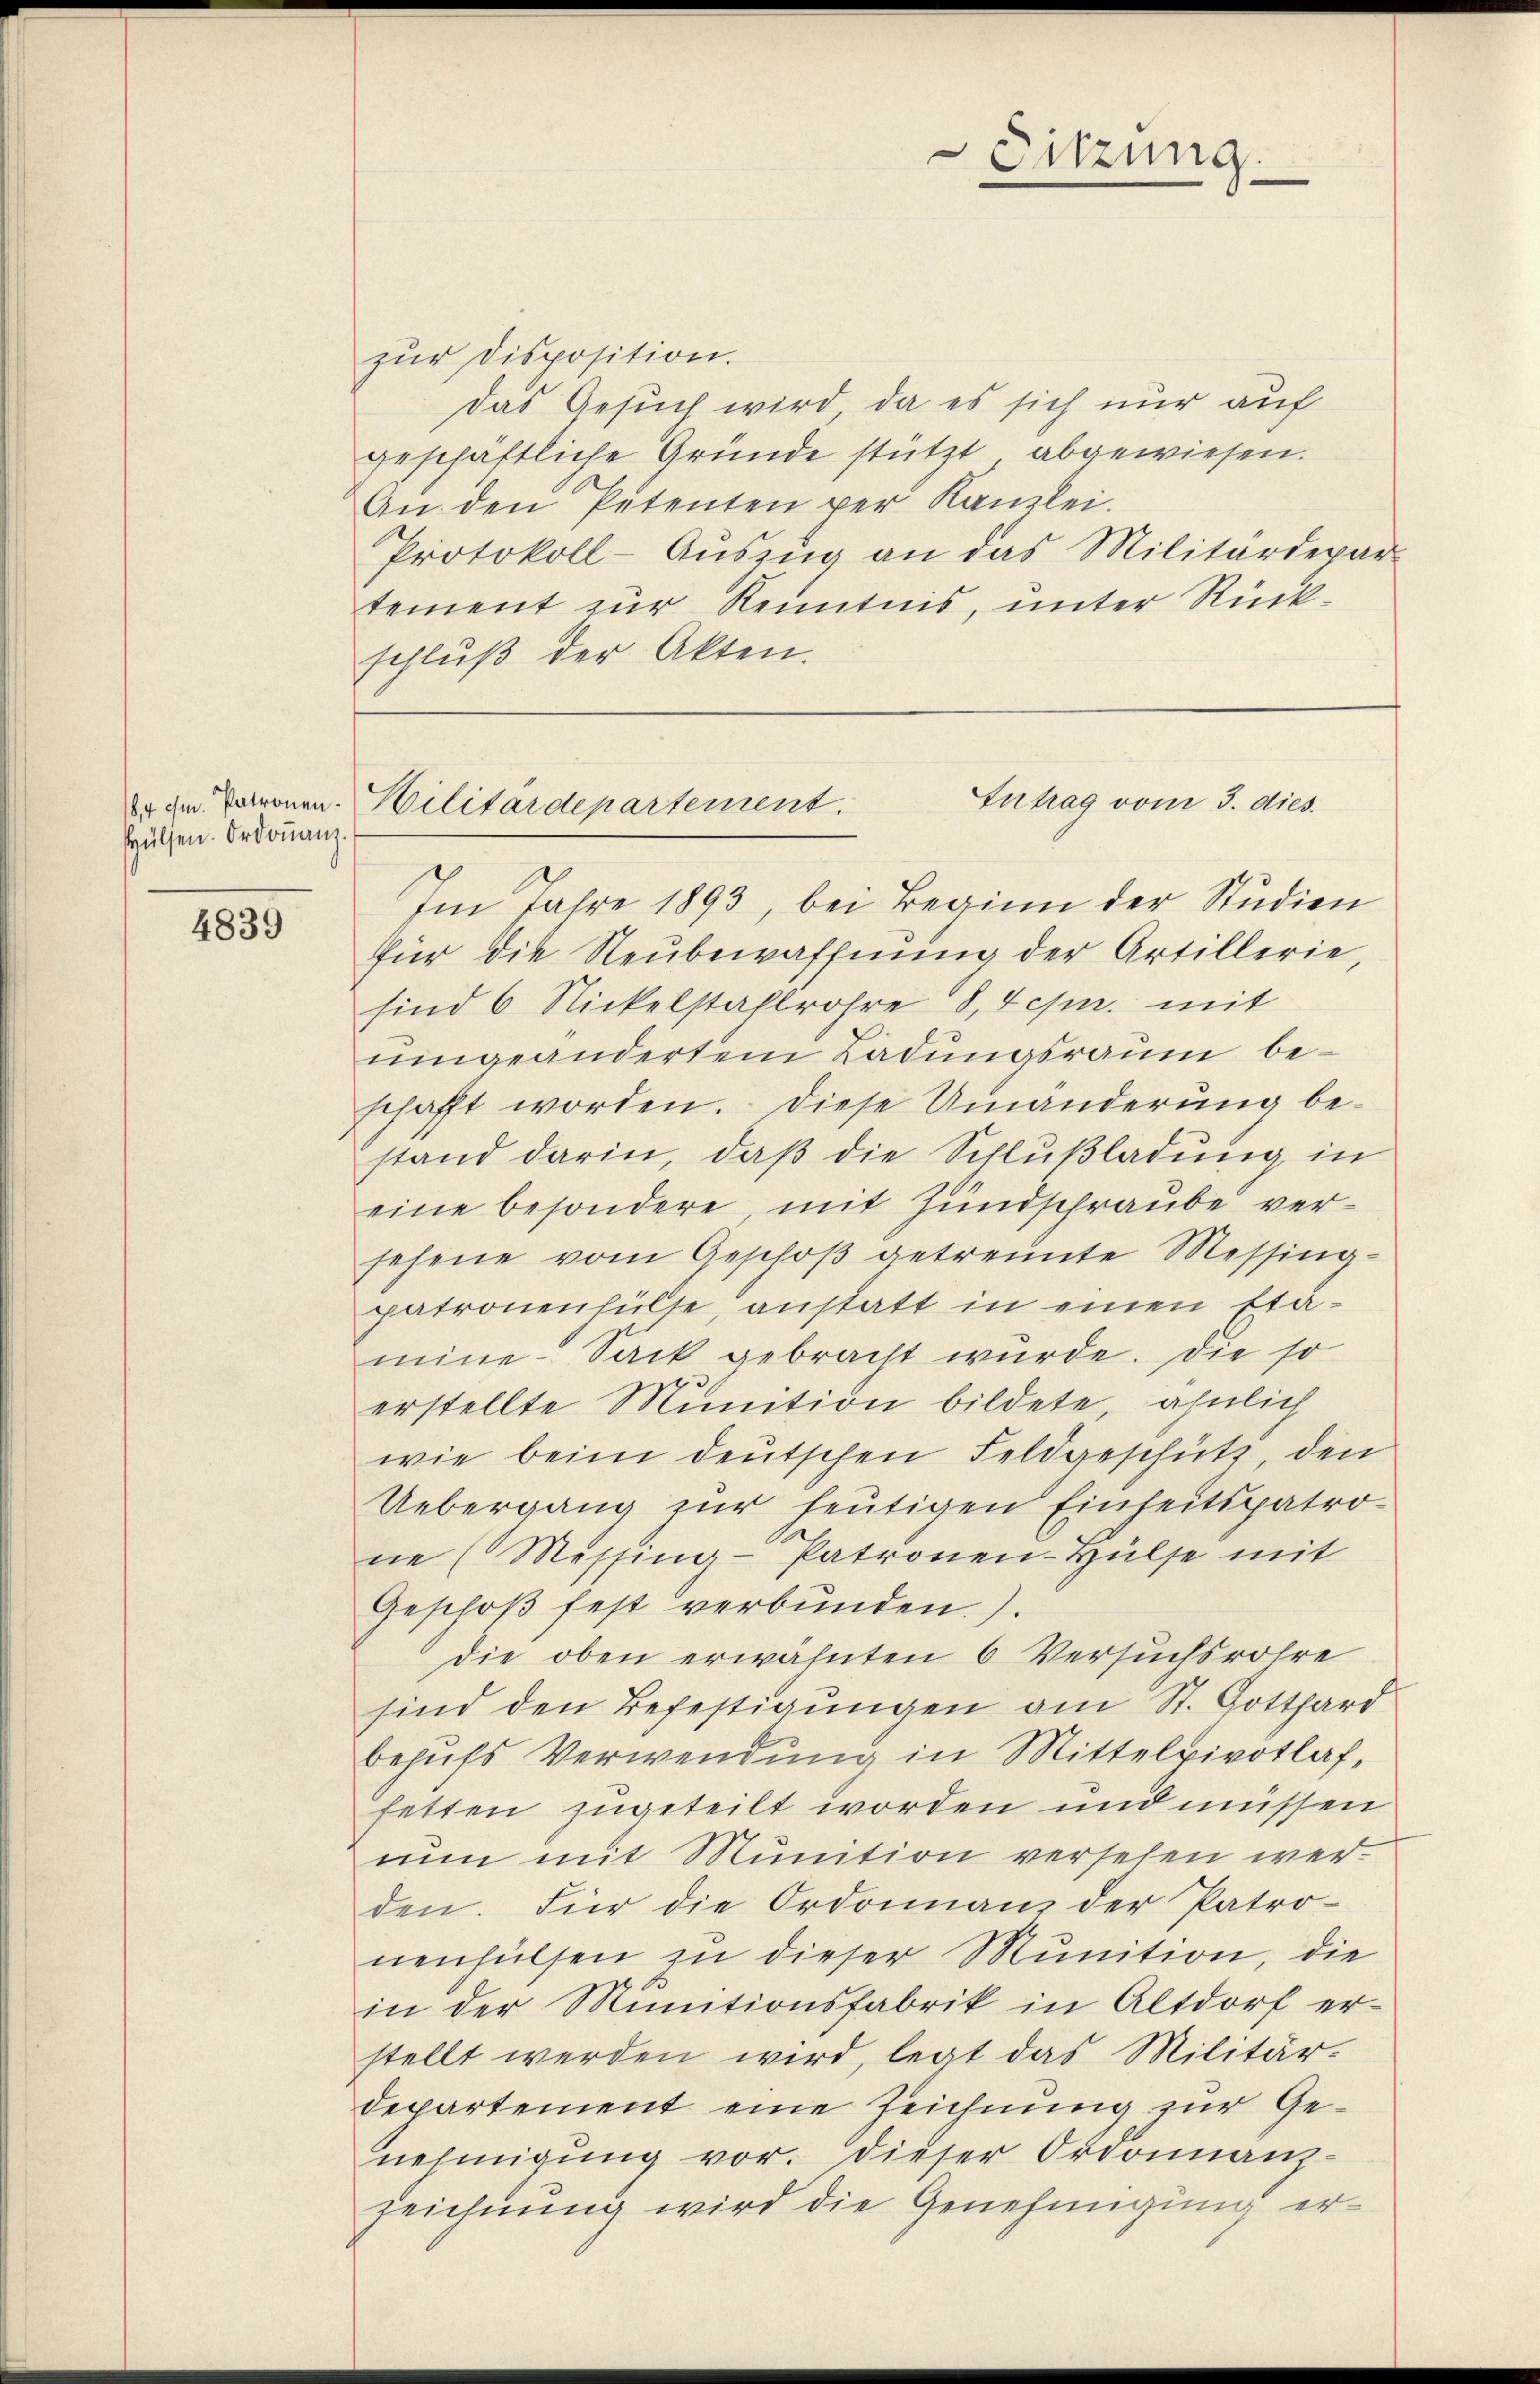
84 cm. Patronen¬
Hülfen. Ordonanz.

4839

Sitzung

zŭr disposition.
Das Gesuch wird, da es sich nur auf
geschäftliche Gründe stützt abgewiesen.
An den Petenten per Kanzlei-
Protokoll-Aŭszŭg an das Militärdepar-
tement zur Kenntnis, unter Rückschluß der Akten.

Intrag vom 3. dies
Militärdepartement.

Im Jahre 1893, bei Beginn der Studien
für die Neubewaffnung der Artillerie,
sind 6 Nickelstaflrohre 8, Tepr. mit
umgeändertem Ladungsraum beschafft worden. Diese Umänderung bestand darin, daß die Schlußladung in
eine besondere mit Hundschraube versehene vom Geschoß getrennte Messingpatronenfülte, anstatt in einen Etamine Sack gebracht würde. Die so
erstellte Munition bildete, ähnlich
wie beim deutschen Feldgeschütz, den
Uebergang zur heutigen Einheitspatrone (Messing-Patronen-Hülse mit
Geschoß fest verbunden.)
die oben erwähnten 6 Versuchsrohre
sind den Befestigungen am St. Gotthard
behŭfs Verwendung in Mittelpivotlaf,
fetten zugeteilt worden und müssen
nun mit Munition versehen werden. Für die Ordonnanz der Patro-
nenhülsen zu dieser Munition, die
in der Munitionsfabrik in Altdorf er-
stellt werden wird, legt das Militär-
departement eine Zeichnung zur Genehmigung vor. dieser Ordonnanz-
zeichnung wird die Genehmigung er¬